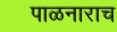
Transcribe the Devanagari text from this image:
पाळनाराच